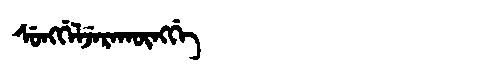
Manchu: ᠰᡠᠩᡤᡝᠯᠵᡝᡵᠠᡴᡡᠩᡤᡝ
Romanization: SUNGGELJERAKŪNGGE